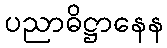
ပညာဓိဋ္ဌာနေန